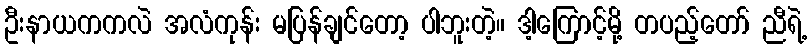
ဦးနာယကကလဲ အလံကုန်း မပြန်ချင်တော့ ပါဘူးတဲ့။ ဒါ့ကြောင့်မို့ တပည့်တော် ညီရဲ့